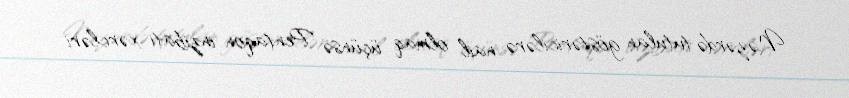
Nəzərdə tutulan göstəricilərə nail olmaq üçünsə Pentaqon inzibati xərcləri